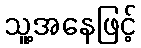
သူ့အနေဖြင့်